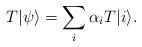
\begin{align*}T|\psi\rangle = \sum_i \alpha_i T|i\rangle.\end{align*}